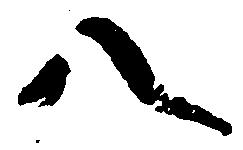
八